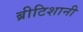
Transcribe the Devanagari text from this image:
ब्रीटिशानी